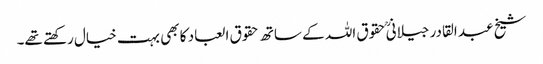
شیخ عبد القادر جیلانیؒ حقوق اللہ کے ساتھ حقوق العباد کا بھی بہت خیال رکھتے تھے۔